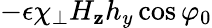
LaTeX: -\epsilon\chi_{\perp}H_{\mathbf{z}}h_{y}\cos\varphi_{0}